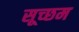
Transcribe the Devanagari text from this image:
सूच्‍छम